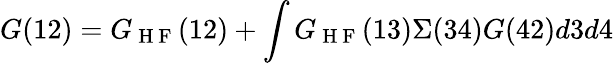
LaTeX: G(12)=G_{\mathrm{~H~F~}}(12)+\int G_{\mathrm{~H~F~}}(13)\Sigma(34)G(42)d3d4